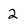
Character: 2